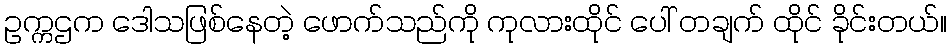
ဥက္ကဌက ဒေါသဖြစ်နေတဲ့ ဖောက်သည်ကို ကုလားထိုင် ပေါ် တချက် ထိုင် ခိုင်းတယ်။